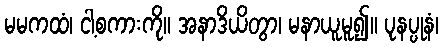
မမကထံ၊ ငါ့စကားကို။ အနာဒိယိတွာ၊ မနာယူမူ၍။ ပုနပ္ပုနံ၊